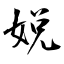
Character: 娧